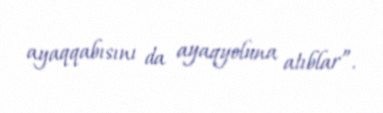
ayaqqabısını da ayaqyoluna atıblar”.